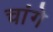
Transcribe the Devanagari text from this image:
चांगे